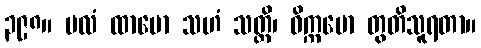
၃၉၈။ ဗလံ ထာမော သဟံ သတ္တိ၊ ဝိက္ကမော တွတိသူရတာ။